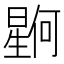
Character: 𪱊